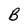
Character: B